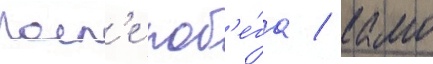
Посл'е поб'е́га / камо